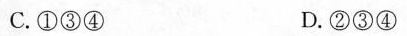
C.①③④ D.②③④